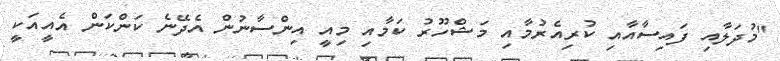
"މުދަލާއި ފައިސާއާއި ކުރިއެރުމާއި މަޝްހޫރު ކަމާއި މިއީ އިންސާނުން އެދޭނެ ކަންކަން އެއީއަކީ